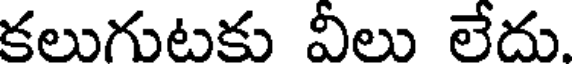
కలుగుటకు వీలు లేదు.